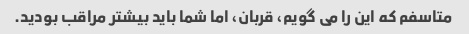
متاسفم که این را می گویم، قربان، اما شما باید بیشتر مراقب بودید.